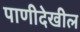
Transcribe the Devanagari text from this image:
पाणीदेखील